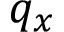
q _ { x }